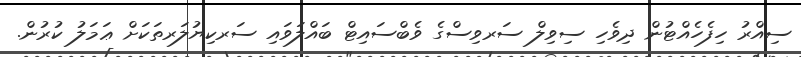
ސިއްރު ހިފެހެއްޓުން ދިވެހި ސިވިލް ސަރވިސްގެ ވެބްސައިޓް ބައްލަވައި ސަރކިޔުލަރތަކަށް ޢަމަލު ކުރުން.